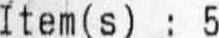
ITEM(S) : 5